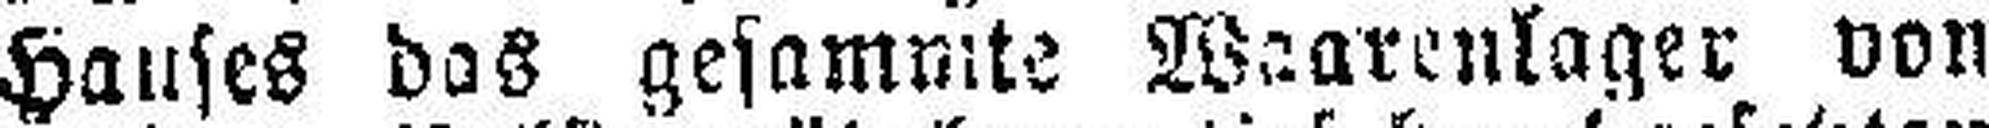
Hauses das gesammte Waarenlager von